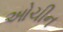
ઓચીન